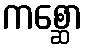
ကစ္ဆော